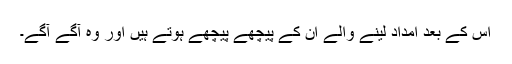
اس کے بعد امداد لينے والے ان کے پيچھے پيچھے ہوتے ہيں اور وہ آگے آگے۔